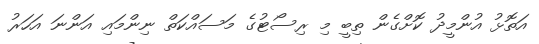
އަތޮޅު އުންމީދު ކޮށްގެން ތިބީ މި ރިސޯޓުގެ މަސައްކަތް ނިންމައި އަންނަ އަހަރު